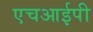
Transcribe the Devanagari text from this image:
एचआईपी